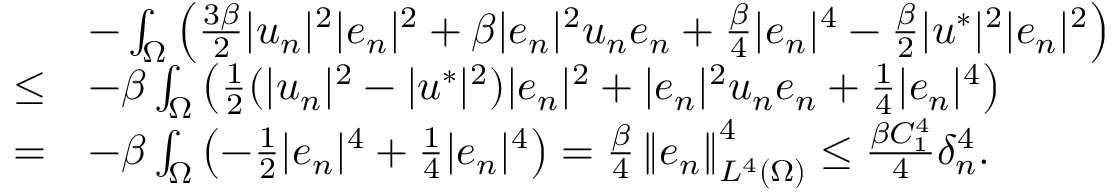
\begin{array} { r l } & { - \int _ { \Omega } \left( \frac { 3 \beta } { 2 } | u _ { n } | ^ { 2 } | e _ { n } | ^ { 2 } + \beta | e _ { n } | ^ { 2 } u _ { n } e _ { n } + \frac { \beta } { 4 } | e _ { n } | ^ { 4 } - \frac { \beta } { 2 } | u ^ { * } | ^ { 2 } | e _ { n } | ^ { 2 } \right) } \\ { \leq } & { - \beta \int _ { \Omega } \left( \frac { 1 } { 2 } ( | u _ { n } | ^ { 2 } - | u ^ { * } | ^ { 2 } ) | e _ { n } | ^ { 2 } + | e _ { n } | ^ { 2 } u _ { n } e _ { n } + \frac { 1 } { 4 } | e _ { n } | ^ { 4 } \right) } \\ { = } & { - \beta \int _ { \Omega } \left( - \frac { 1 } { 2 } | e _ { n } | ^ { 4 } + \frac { 1 } { 4 } | e _ { n } | ^ { 4 } \right) = \frac { \beta } { 4 } \left\Vert e _ { n } \right\Vert _ { L ^ { 4 } ( \Omega ) } ^ { 4 } \leq \frac { \beta C _ { 1 } ^ { 4 } } { 4 } \delta _ { n } ^ { 4 } . } \end{array}